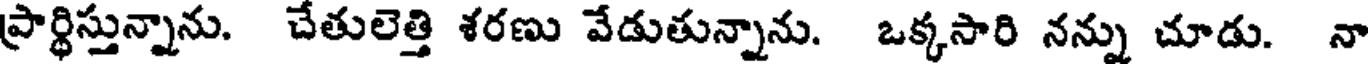
ప్రార్థిస్తున్నాను. చేతులెత్తి శరణు వేడుతున్నాను. ఒక్కసారి నన్ను చూడు. నా